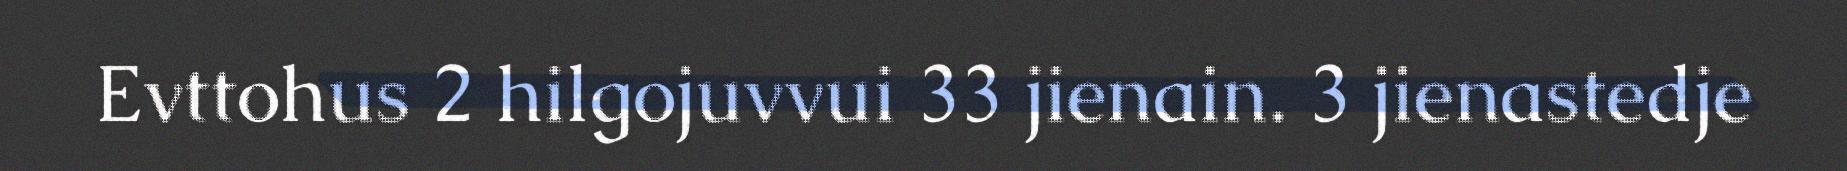
Evttohus 2 hilgojuvvui 33 jienain. 3 jienastedje